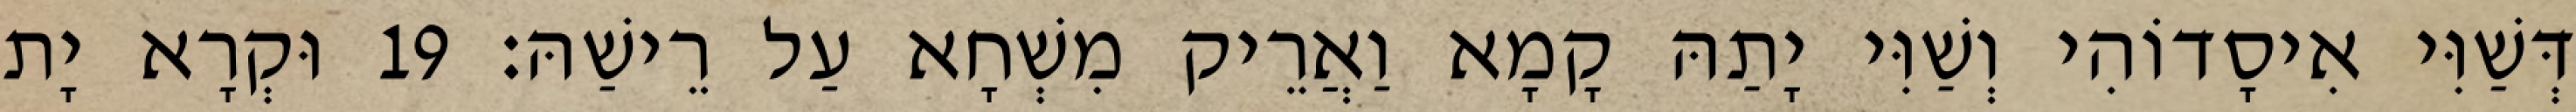
דְּשַׁוִּי אִיסָדוֹהִי וְשַׁוִּי יָתַהּ קָמָא וַאֲרֵיק מִשְׁחָא עַל רֵישַׁהּ׃ 19 וּקְרָא יָת